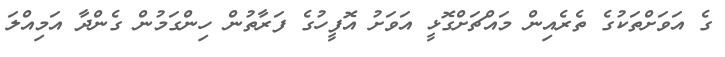
ގެ އަވަށްތަކުގެ ތެރެއިން މައްޗަށްގޮޅީ އަވަށު އޮފީހުގެ ފަރާތުން ހިންގަމުން ގެންދާ އަމިއްލަ